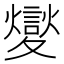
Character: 夑